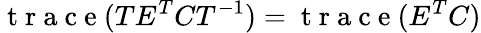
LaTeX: \mathrm{~t~r~a~c~e~}(TE^{T}CT^{-1})=\mathrm{~t~r~a~c~e~}(E^{T}C)